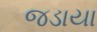
જડાયા